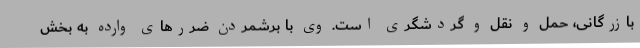
بازرگانی، حمل و نقل و گردشگری است. وی با برشمردن ضررهای وارده به بخش